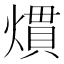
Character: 𤎽